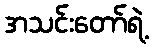
အသင်းတော်ရဲ့